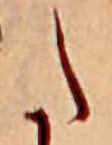
た